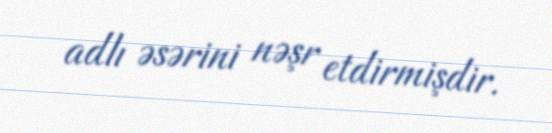
adlı əsərini nəşr etdirmişdir.